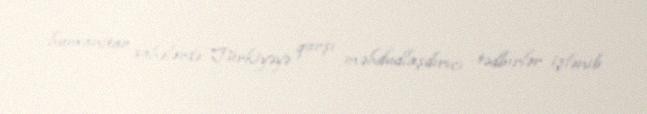
humanitar sahələrdə Türkiyəyə qarşı məhdudlaşdırıcı tədbirlər işlənib